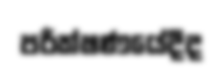
පරීක්ෂණයේදීද